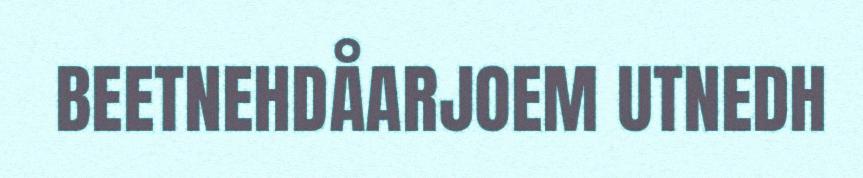
BEETNEHDÅARJOEM UTNEDH